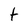
Character: t